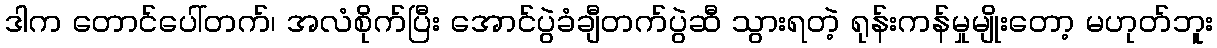
ဒါက တောင်ပေါ်တက်၊ အလံစိုက်ပြီး အောင်ပွဲခံချီတက်ပွဲဆီ သွားရတဲ့ ရုန်းကန်မှုမျိုးတော့ မဟုတ်ဘူး